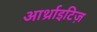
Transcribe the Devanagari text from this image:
आर्थ्राइटिज़